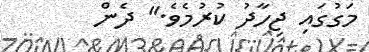
މަގުގައި ޖިހާދު ކުރުމެވެ." ދެން